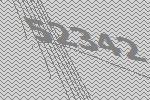
52342